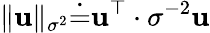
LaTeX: \| \mathbf{u}\| _{\sigma^{2}}\dot{{=}}\mathbf{u}^{\top}\cdot\sigma^{-2}\mathbf{u}